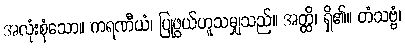
အလုံးစုံသော။ ကရဏီယံ၊ ပြုဖွယ်ဟူသမျှသည်။ အတ္ထိ၊ ရှိ၏။ တံသဗ္ဗံ၊